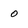
Character: O